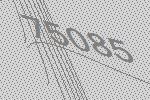
75085